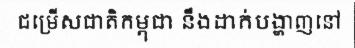
ជម្រើសជាតិកម្ពុជា នឹងដាក់បង្ហាញនៅ